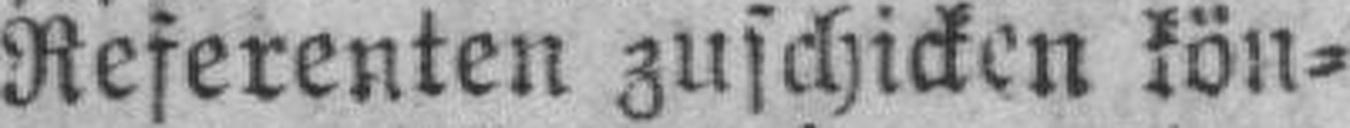
Referenten zuschicken kön¬